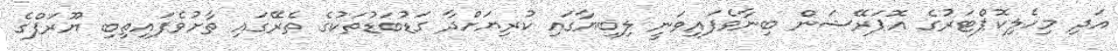
އަދި މިހެލިކޮޕްޓަރުގެ އޮޕަރޭޝަން ބިނާވެފައިވަނީ ލިބިޔާގައި ކުރިޔަށްދާ ގަޑުބަޑުތަކުގެ ތެރޭގައި ތާށުވެފައިތިބި ޔޫރަޕްގެ